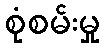
စုံစမ်းမှု